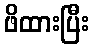
ဖိထားပြီး